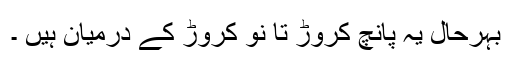
بہرحال یہ پانچ کروڑ تا نو کروڑ کے درمیان ہیں ۔